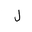
Letter: _lam